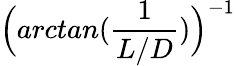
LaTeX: \Big(arctan(\frac{1}{L/D})\Big)^{-1}